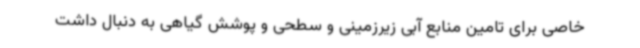
خاصی برای تامین منابع آبی زیرزمینی و سطحی و پوشش گیاهی به دنبال داشت